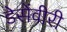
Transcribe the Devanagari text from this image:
डेसेंवीरी